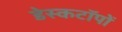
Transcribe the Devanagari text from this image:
डेस्कटॉपों